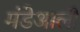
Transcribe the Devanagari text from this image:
मंडेआली